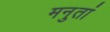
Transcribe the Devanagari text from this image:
मनुतां